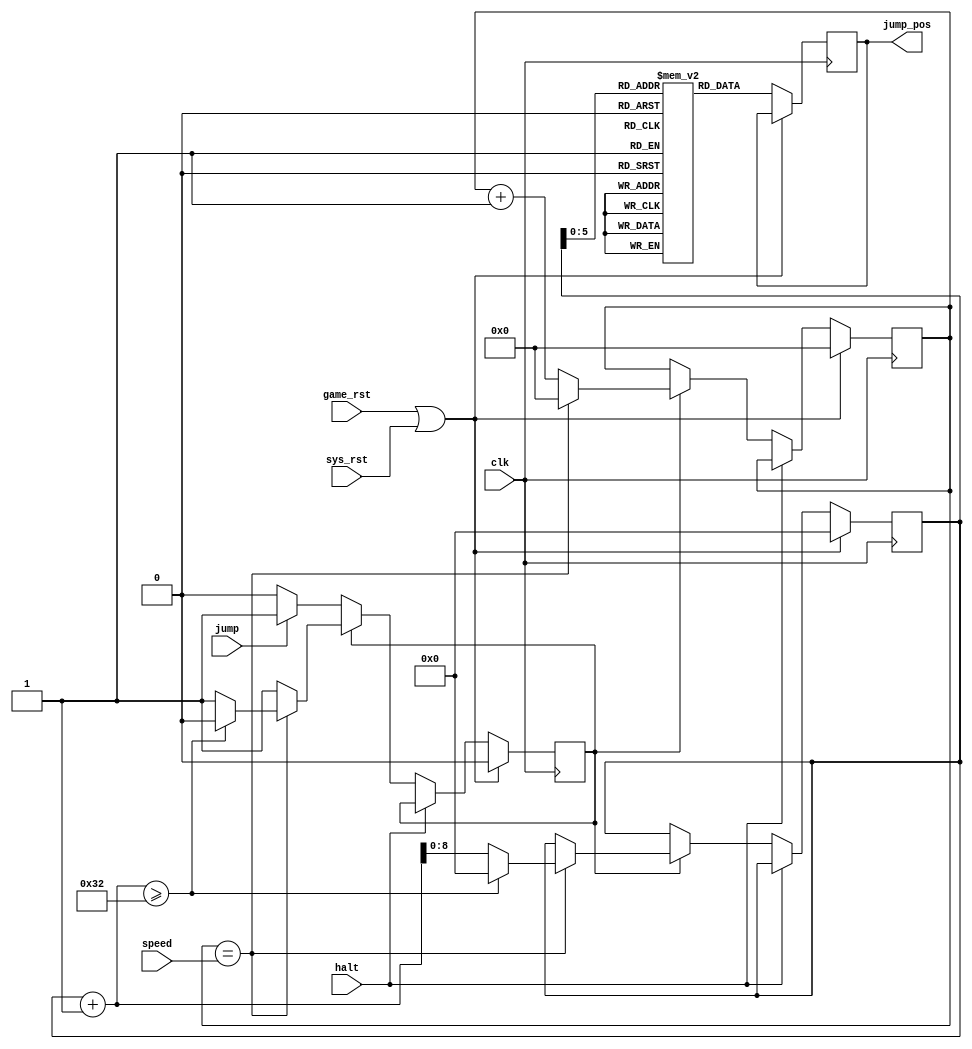
module jumping (
	input wire jump,
	input wire halt,
    
    input wire [23:0] speed,
	output reg [6:0] jump_pos,

	input wire game_rst,
	input wire clk,
	input wire sys_rst
);

reg [23:0] ctr;
reg [8:0] frame;
reg in_air;

reg [6:0] y_table[50:0];

always @(posedge clk) begin
	if (game_rst || sys_rst) begin
		ctr <= 0;
		frame <= 0;
		in_air <= 0;
	end
    else begin
        jump_pos <= y_table[frame];

        if (!halt) begin
            if (in_air) begin
                ctr <= ctr + 1;
                if (ctr == speed) begin
                    ctr <= 0;
                    frame <= frame + 1;

                    if (frame + 1 >= 50) begin
                        frame <= 0;
                        in_air <= 0;
                    end
                end
            end
            else if (jump) begin
                in_air <= 1;
            end
        end
    end
end

// Load precomputed jump heights
initial begin
    y_table[0]  = 7'b0000000;
    y_table[1]  = 7'b0000110;
    y_table[2]  = 7'b0001100;
    y_table[3]  = 7'b0010010;
    y_table[4]  = 7'b0010111;
    y_table[5]  = 7'b0011100;
    y_table[6]  = 7'b0100001;
    y_table[7]  = 7'b0100110;
    y_table[8]  = 7'b0101011;
    y_table[9]  = 7'b0101111;
    y_table[10] = 7'b0110011;
    y_table[11] = 7'b0110110;
    y_table[12] = 7'b0111010;
    y_table[13] = 7'b0111101;
    y_table[14] = 7'b1000000;
    y_table[15] = 7'b1000011;
    y_table[16] = 7'b1000101;
    y_table[17] = 7'b1000111;
    y_table[18] = 7'b1001001;
    y_table[19] = 7'b1001011;
    y_table[20] = 7'b1001100;
    y_table[21] = 7'b1001101;
    y_table[22] = 7'b1001110;
    y_table[23] = 7'b1001111;
    y_table[24] = 7'b1001111;
    y_table[25] = 7'b1010000;
    y_table[26] = 7'b1001111;
    y_table[27] = 7'b1001111;
    y_table[28] = 7'b1001110;
    y_table[29] = 7'b1001101;
    y_table[30] = 7'b1001100;
    y_table[31] = 7'b1001011;
    y_table[32] = 7'b1001001;
    y_table[33] = 7'b1000111;
    y_table[34] = 7'b1000101;
    y_table[35] = 7'b1000011;
    y_table[36] = 7'b1000000;
    y_table[37] = 7'b0111101;
    y_table[38] = 7'b0111010;
    y_table[39] = 7'b0110110;
    y_table[40] = 7'b0110011;
    y_table[41] = 7'b0101111;
    y_table[42] = 7'b0101011;
    y_table[43] = 7'b0100110;
    y_table[44] = 7'b0100001;
    y_table[45] = 7'b0011100;
    y_table[46] = 7'b0010111;
    y_table[47] = 7'b0010010;
    y_table[48] = 7'b0001100;
    y_table[49] = 7'b0000110;
    y_table[50] = 7'b0000000;
end


endmodule